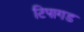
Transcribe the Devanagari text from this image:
टिपागड